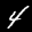
Label: 4